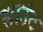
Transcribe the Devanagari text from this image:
साउंट